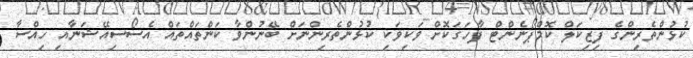
ކުޅުންތެރިންގެ ފިޒިކަލް ކޮމްޕޯނެންޓް ފާހަގަކޮށް ވަކިވަކި ކުޅުންތެރިންނަށް ބޭނުންވާ ކަންތައްތައް އެސޯސިއޭޝަނާއި ހިއްސާ